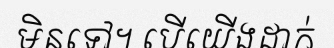
មិនទៅ។ បើយើងដាក់